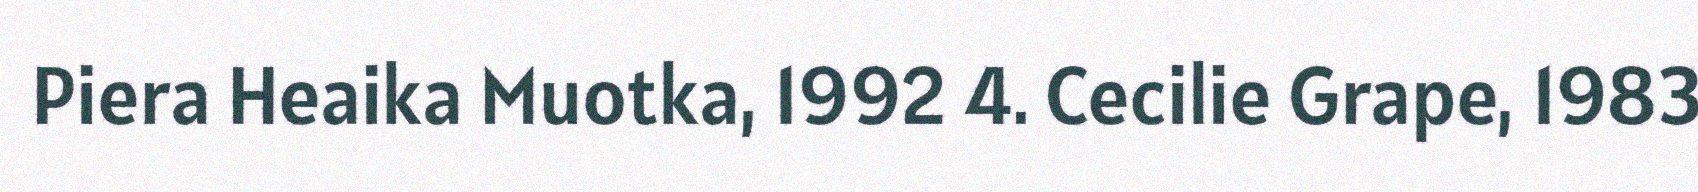
Piera Heaika Muotka, 1992 4. Cecilie Grape, 1983